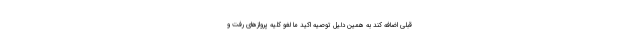
قبلی اضافه کند به همین دلیل توصیه اکید ما لغو کلیه پروازهای رفت و